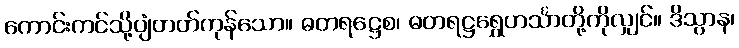
ကောင်းကင်သို့ပျံတတ်ကုန်သော။ ဓတရဋ္ဌေစ၊ ဓတရဋ္ဌရွှေဟင်္သာတို့ကိုလျှင်။ ဒိသွာန၊